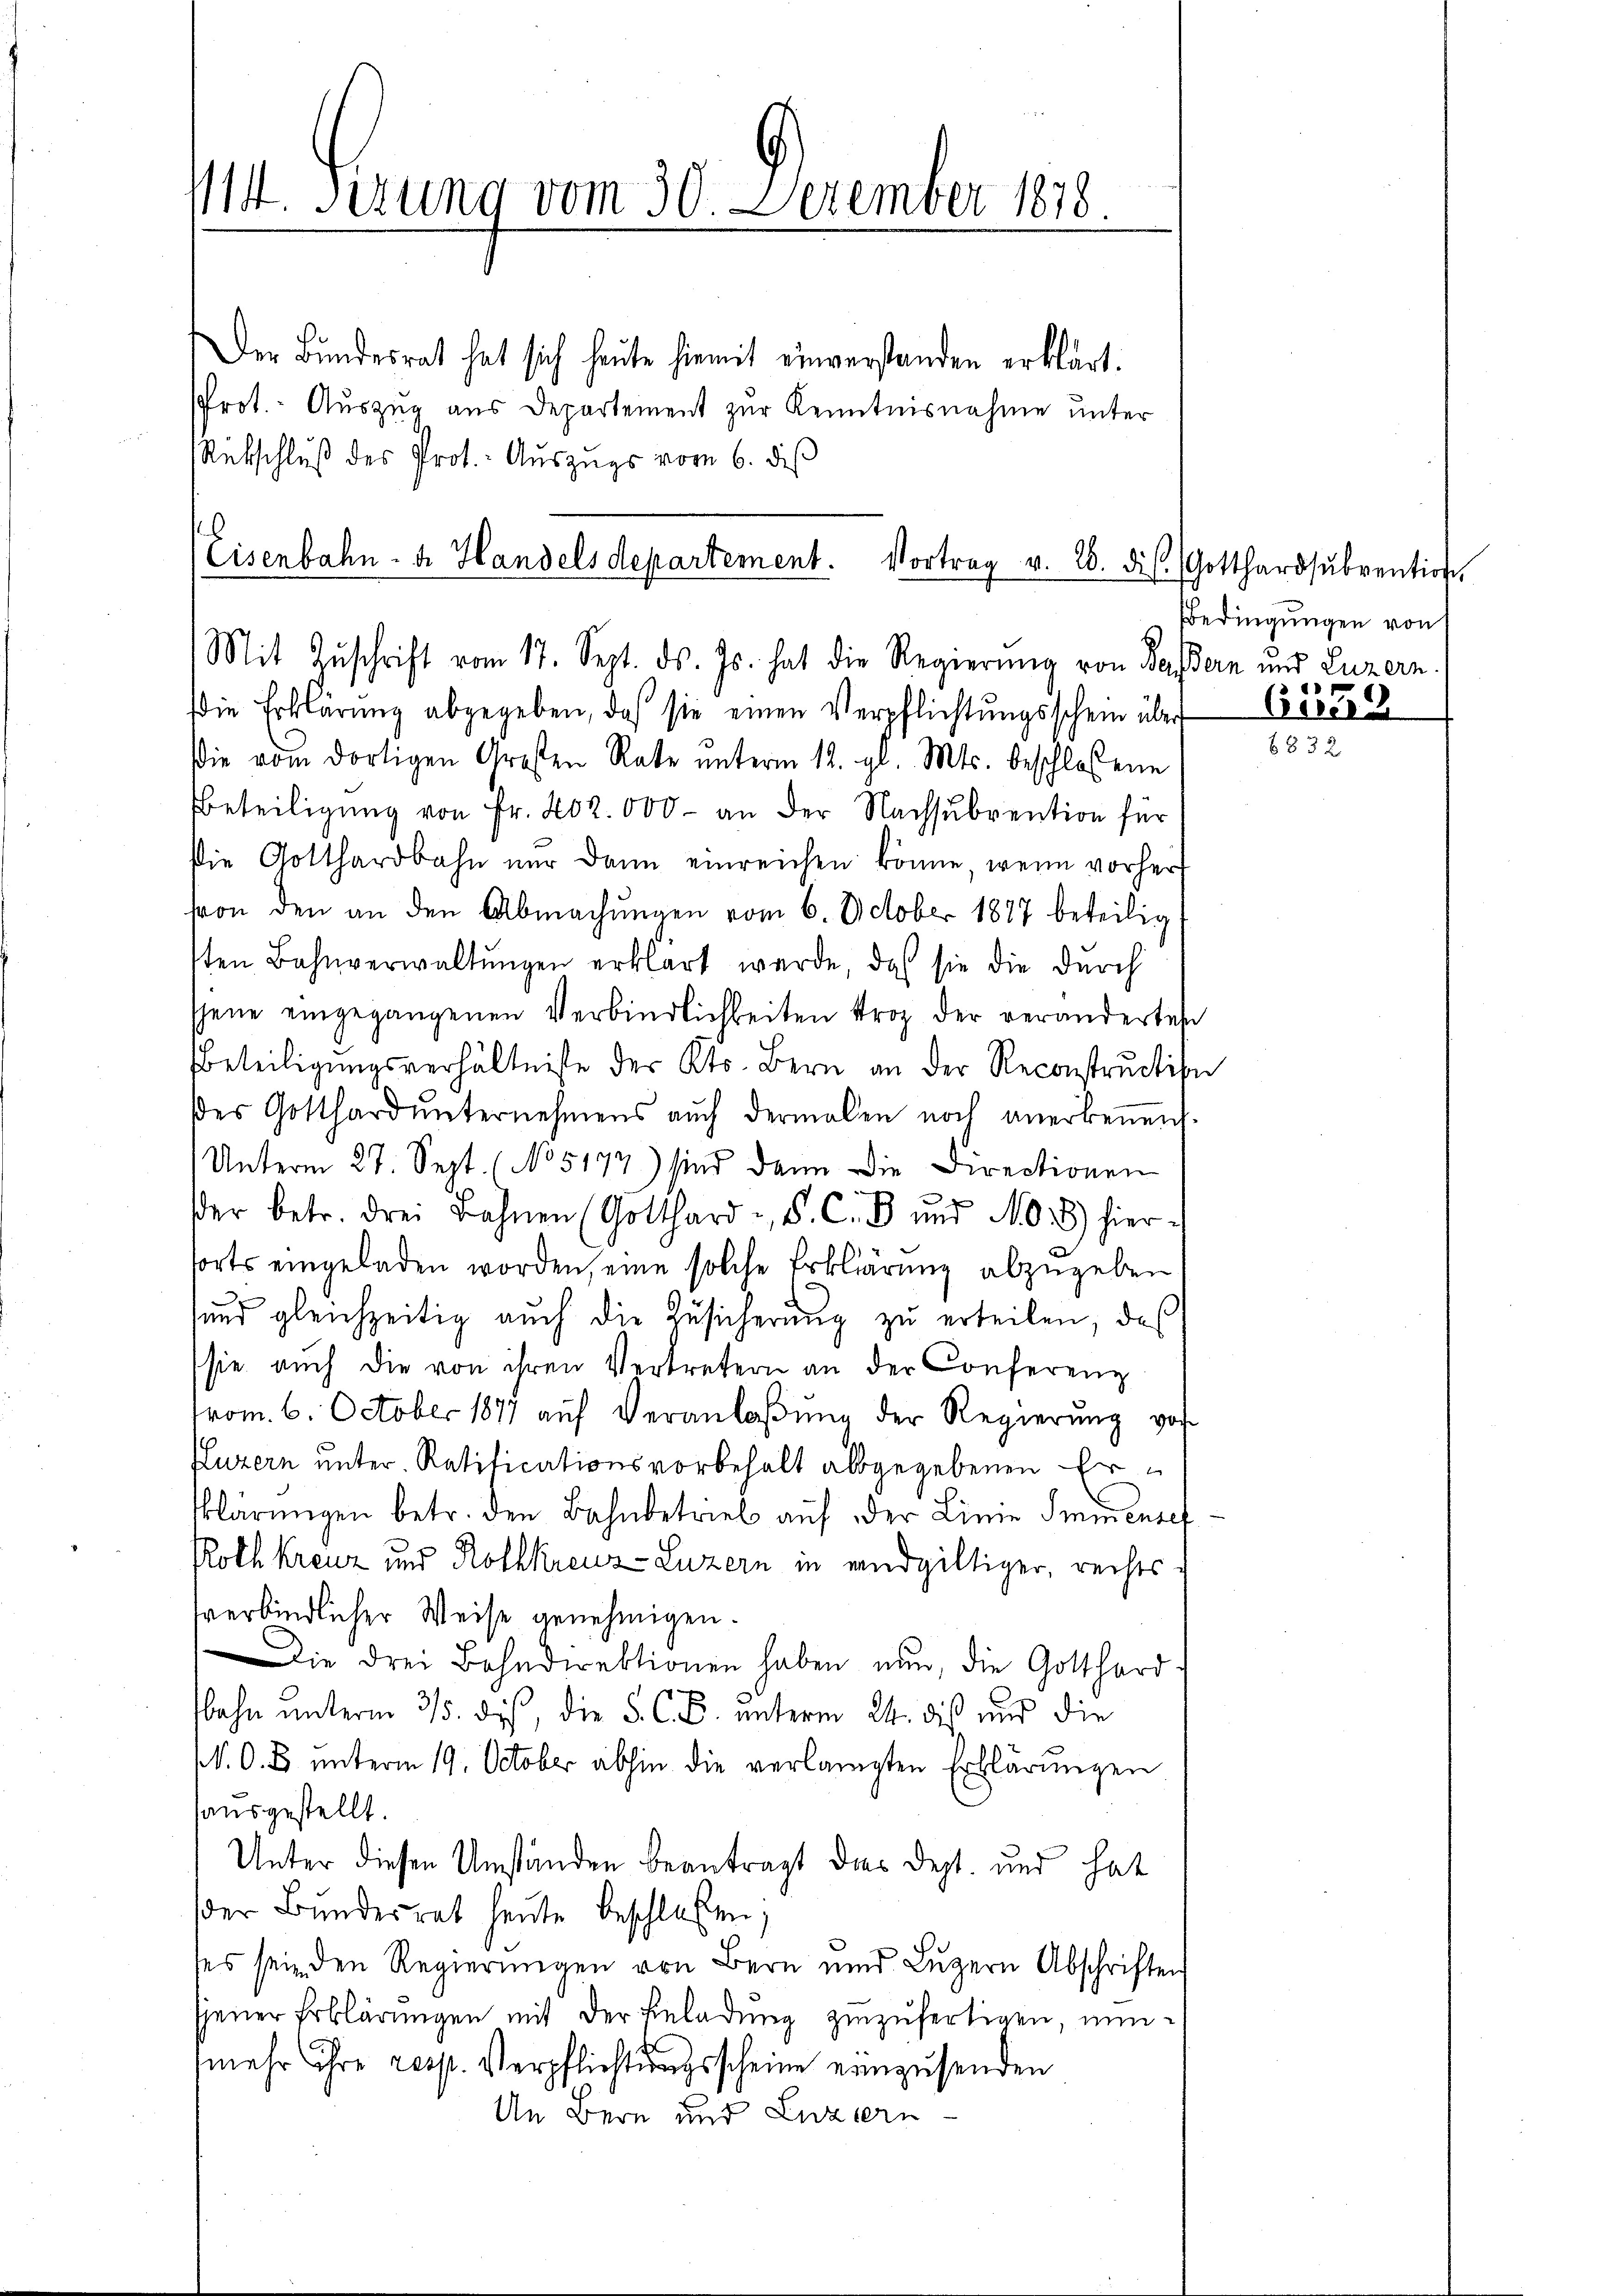
/14. Serung vom 30. Dezember 1818.
e

Der Bundesrat hat sich heute hiemit einverstanden erklärt.
Prot. Auszug aus Departement zur Kenntnisnahme unter
Rütschluß des Prot. Auszugs vom 6. diβ

Eisenbahn- u. Handelsdepartement. Vortrag v. 28. diβ. Gotthardsŭbvention,
Mit Zŭschrift vom 17. Sept. ds. Js. hat die Regierung von Bassern und Luzern.

Bedingungen von
1

die Erklärŭng abgegeben, daß sie einen Verpflichtŭngsschein über
Die vom dortigen Großen Rate unterm 12. gl. Mts. beschlossene
Beteiligung von Fr. 202. 000 - an der Nachsubvention für
die Gotthardbahn nur dann einreichen könne, wenn vorher
son den an den Abmachungen vom 6. October 1877 beteilig
sten Bahnverwaltŭngen erklärt werde, daß sie die durch
jene eingegangenen Verbindlichkeiten trop der veränderten
Beteiligungsverhältnisse des Kts. Bern an der Reconstruction
des Gotthard ŭnternehmens auch dermalen noch anerkennen.
Unterm 27. Sept. (No 5177) sind dann die Directionen

der betr. drei Bahnen (Gotthard S. C. B. und M. hier
forts eingeladen worden, eine solche Erklärung abzugeben
sund gleichzeitig auch die Zusicherung zu erteilen, daß
sie auch die von ihren Vertretern an der Conferenz
tvom. 6. October 1877 aŭf Veranlaβŭng der Regierŭng vor
Luzern unter Ratificationsvorbehalt alsgegebenen Erklärungen betr. den Bahnbetrieb auf der Linie Sminensef
Rothkreuz und Rothkreuz-Luzern in endgültiger, rechts-
sverbindlicher Weise genehmigen.
Die drei Bahndirektionen haben nun, die Gotthard
fbahn unterm 315. dieß, die S. C. B. unterm 24. dis und die
N. O. B. unterm 19. October abhin die verlangten Erklärungen
hausgestellt.
Unter diesen Umständen beantragt das Dept. und hat
der Bundesrat heute beschlossen;
ses sein den Regierungen von Bern und Luzern Abschriften
jener Erklärungen mit der Einladung zuzufertigen, nunmehr ihre resp. Verpflichtungsscheine einzusenden
Un Bern und Luzern

Ceres
6832